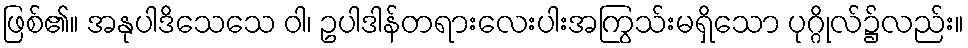
ဖြစ်၏။ အနုပါဒိသေသေ ဝါ၊ ဥပါဒါန်တရားလေးပါးအကြွသ်းမရှိသော ပုဂ္ဂိုလ်၌လည်း။